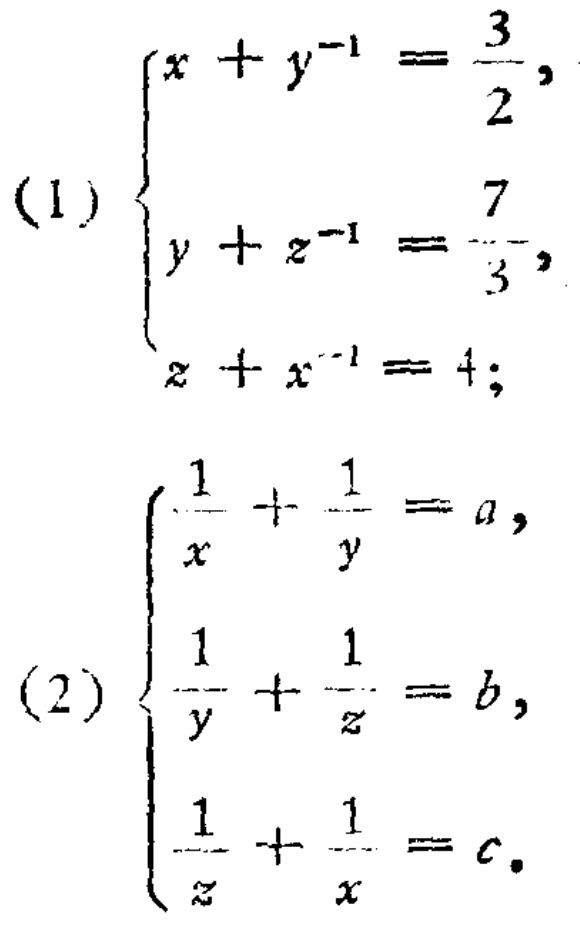
(1) \(\begin{cases}
x + y^{-1}=\frac{3}{2},\\
y + z^{-1}=\frac{7}{3},\\
z + x^{-1}=4;
\end{cases}\)
(2) \(\begin{cases}
\frac{1}{x}+\frac{1}{y}=a,\\
\frac{1}{y}+\frac{1}{z}=b,\\
\frac{1}{z}+\frac{1}{x}=c.
\end{cases}\)